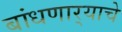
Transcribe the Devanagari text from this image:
बांधणार्‍याचे